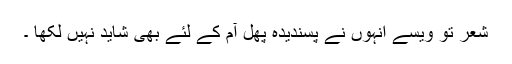
شعر تو ویسے انہوں نے پسندیدہ پھل آم کے لئے بھی شاید نہیں لکھا ۔